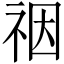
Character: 䄄